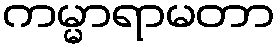
ကမ္မာရာမတာ